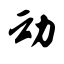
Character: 动